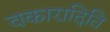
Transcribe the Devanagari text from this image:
वकारादिति